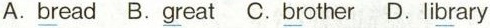
A. \underline{br}ead B.\underline{gr}eat C. \underline{br}other D.Li\underline{br}ary